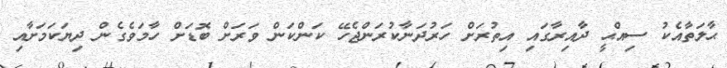
ޙާލަތާއެކު ސިއްޙީ ދާއިރާގައި އިތުރަށް ހަރުދަނާކުރަންޖެހޭ ކަންކަން ވަރަށް ބޮޑަށް ހާމަވެގެން ދިޔަކަމަށާއި